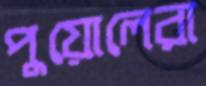
পুয়োলেরা